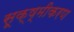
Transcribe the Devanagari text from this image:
सूक्ष्मीकरण